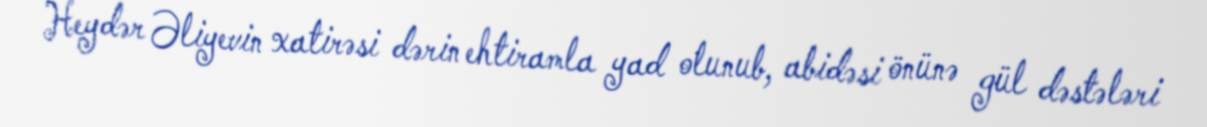
Heydər Əliyevin xatirəsi dərin ehtiramla yad olunub, abidəsi önünə gül dəstələri